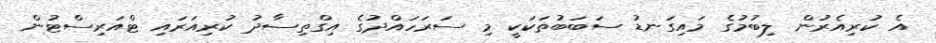
އެ ކުރިއެރުން ލިބުމުގެ މައިގަނޑު ސަބަބުތަކަކީ މި ސަރަހައްދުގެ އިގްތިސާދު ކުރިއަރައި ޓްއަރިސްޓުން